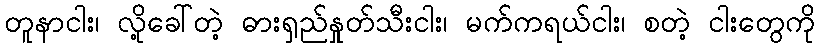
တူနာငါး၊ လို့ခေါ်တဲ့ ဓားရှည်နှုတ်သီးငါး၊ မက်ကရယ်ငါး၊ စတဲ့ ငါးတွေကို